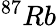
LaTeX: ^{87}Rb